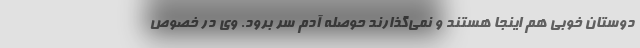
دوستان خوبی هم اینجا هستند و نمی‌گذارند حوصله آدم سر برود. وی در خصوص